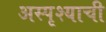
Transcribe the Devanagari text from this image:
अस्पृश्याची